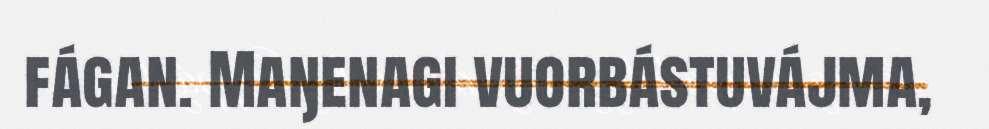
fágan. Maŋenagi vuorbástuvájma,